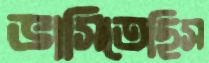
ভাসিতেছিস